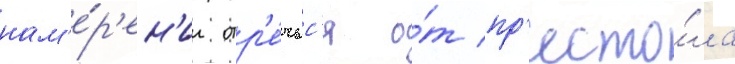
нам'е́р'ен'ии отр'е́чьс'я о́т пр'есто́ла